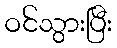
ဝင်သွားပြီး